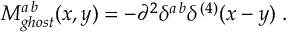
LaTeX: { \cal M } _ { g h o s t } ^ { a \, b } ( x , y ) = - \partial ^ { 2 } \delta ^ { a \, b } \delta ^ { \, ( 4 ) } ( x - y ) \; .